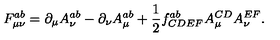
F _ { \mu \nu } ^ { a b } = \partial _ { \mu } A _ { \nu } ^ { a b } - \partial _ { \nu } A _ { \mu } ^ { a b } + \frac { 1 } { 2 } f _ { C D E F } ^ { a b } A _ { \mu } ^ { C D } A _ { \nu } ^ { E F } .